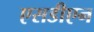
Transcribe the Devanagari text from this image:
एसडीएन